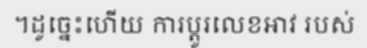
។ដូច្នេះហើយ ការប្តូរលេខអាវ របស់